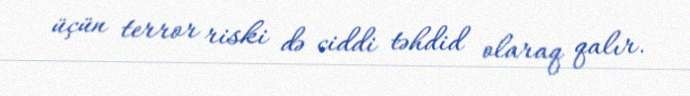
üçün terror riski də ciddi təhdid olaraq qalır.